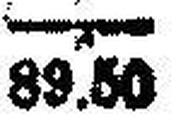
89.50